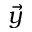
\vec { y }